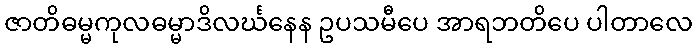
ဇာတိဓမ္မကုလဓမ္မာဒိလင်္ဃနေန ဥပသမီပေ အာရဘတိပေ ပါတာလေ